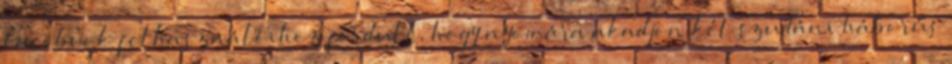
Facebook felhasználóihoz fordult, hogy nyomára akadjon két szudáni háborús